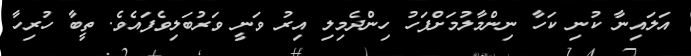
އަލައިނާ ކުނި ކަހާ ނިންމާލުމަށްފަހު ހިންދެމިލި އިރު ވަނީ ވަރުބަލިވެފައެވެ. ތީބާ ހުރިހާ